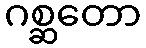
ဂစ္ဆတော